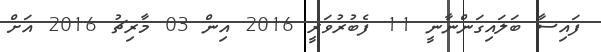
ފައިސާ ބަލައިގަންނާނީ 11 ފެބުރުވަރީ 2016 އިން 03 މާރިޗު 2016 އަށް